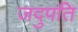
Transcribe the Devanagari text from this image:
जदुपति